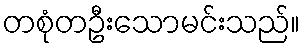
တစုံတဦးသောမင်းသည်။